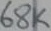
Text: 68K